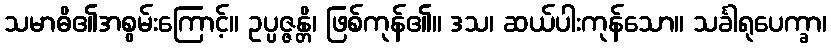
သမာဓိ၏အစွမ်းကြောင့်။ ဥပ္ပဇ္ဇန္တိ၊ ဖြစ်ကုန်၏။ ဒသ၊ ဆယ်ပါးကုန်သော။ သင်္ခါရုပေက္ခာ၊